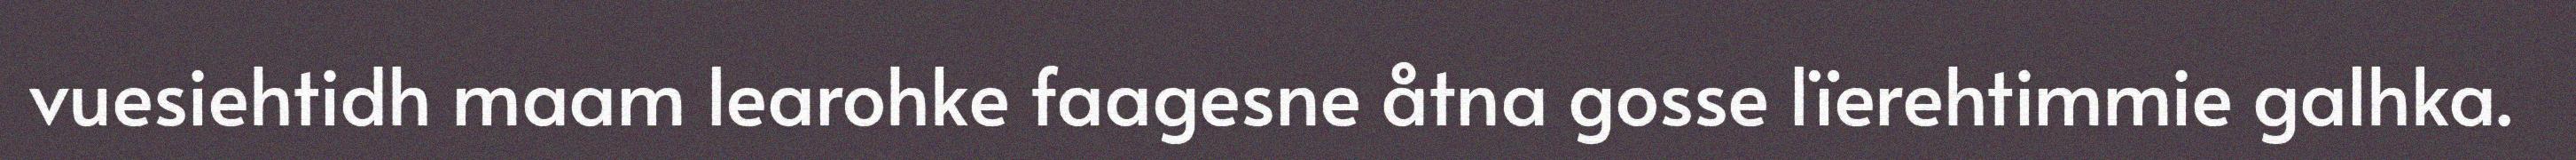
vuesiehtidh maam learohke faagesne åtna gosse lïerehtimmie galhka.